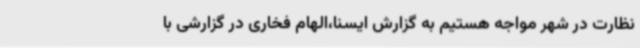
نظارت در شهر مواجه هستیم به گزارش ایسنا،الهام فخاری در گزارشی با